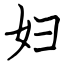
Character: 妇